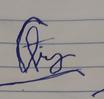
Signature authenticity: forged